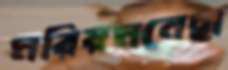
মরিয়মনেছা